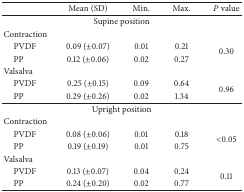
<table><thead><tr><td><b> </b></td><td><b>Mean (SD)</b></td><td><b>Min.</b></td><td><b>Max.</b></td><td><b><i>P</i> value</b></td></tr></thead><tbody><tr><td colspan="5">Supine position</td></tr><tr><td>Contraction</td><td> </td><td> </td><td> </td><td> </td></tr><tr><td> PVDF</td><td>0.09 (±0.07)</td><td>0.01</td><td>0.21</td><td rowspan="2">0.30</td></tr><tr><td> PP</td><td>0.12 (±0.06)</td><td>0.02</td><td>0.27</td></tr><tr><td>Valsalva</td><td> </td><td> </td><td> </td><td> </td></tr><tr><td> PVDF</td><td>0.25 (±0.15)</td><td>0.09</td><td>0.64</td><td rowspan="2">0.96</td></tr><tr><td> PP</td><td>0.29 (±0.26)</td><td>0.02</td><td>1.34</td></tr><tr><td colspan="5">Upright position</td></tr><tr><td>Contraction</td><td> </td><td> </td><td> </td><td> </td></tr><tr><td> PVDF</td><td>0.08 (±0.06)</td><td>0.01</td><td>0.18</td><td rowspan="2">&lt;0.05</td></tr><tr><td> PP</td><td>0.19 (±0.19)</td><td>0.01</td><td>0.75</td></tr><tr><td>Valsalva</td><td> </td><td> </td><td> </td><td> </td></tr><tr><td> PVDF</td><td>0.13 (±0.07)</td><td>0.04</td><td>0.24</td><td rowspan="2">0.11</td></tr><tr><td> PP</td><td>0.24 (±0.20)</td><td>0.02</td><td>0.77</td></tr></tbody></table>